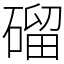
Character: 磂